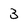
Character: 3